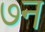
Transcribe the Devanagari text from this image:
७न